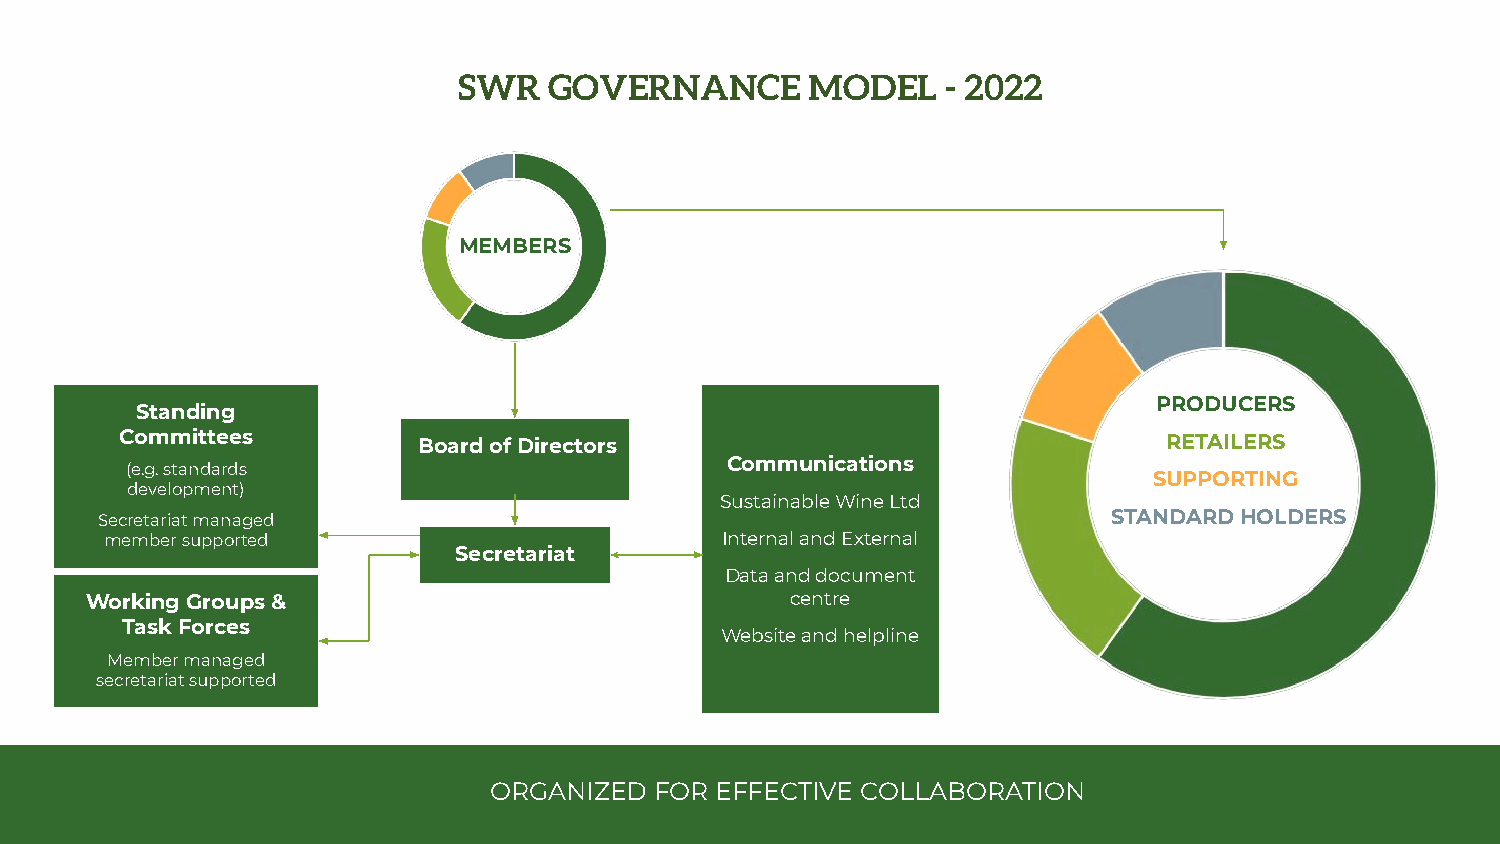
SWR   GOVERNANCE        MODEL    - 2022
 MEMBERS
 PRODUCERS
 Standing
 Committees          Board of Directors                               RETAILERS
 Communications
 (e.g. standards
 SUPPORTING
 development)
 Sustainable Wine Ltd
 Secretariat managed                                                 STANDARD HOLDERS
 member supported                         Internal and External
 Secretariat
 Data and document
 APRIL
 Working Groups &                              centre
 Task Forces
 Website and helpline
 Member managed
 secretariat supported
 ORGANIZED  FOR EFFECTIVE COLLABORATION